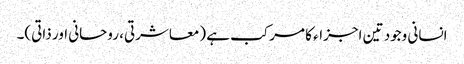
انسانی وجود تین اجزاء کا مرکب ہے (معاشرتی، روحانی اور ذاتی)۔